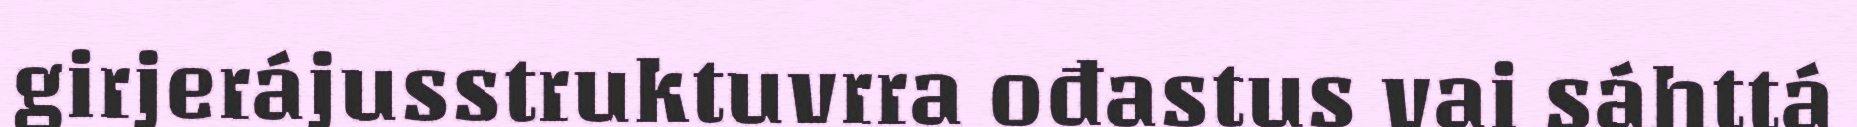
girjerájusstruktuvrra ođastus vai sáhttá